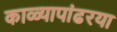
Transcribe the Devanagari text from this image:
काळ्यापांढरया